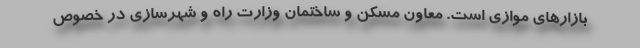
بازارهای موازی است. معاون مسکن و ساختمان وزارت راه و شهرسازی در خصوص